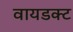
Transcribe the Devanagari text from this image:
वायडक्ट